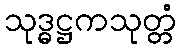
သုဒ္ဓဋ္ဌကသုတ္တံ